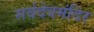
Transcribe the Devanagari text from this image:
सर्वदेवमंदिर